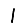
Digit: 1